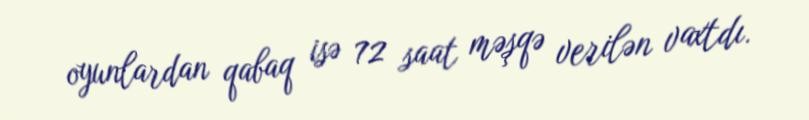
oyunlardan qabaq isə 72 saat məşqə verilən vaxtdı.